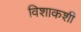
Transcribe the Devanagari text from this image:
विशाकशी